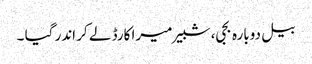
بیل دوبارہ بجی، شبیر میرا کارڈ لے کر اندر گیا ۔